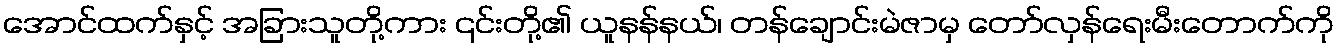
အောင်ထက်နှင့် အခြားသူတို့ကား ၎င်းတို့၏ ယူနန်နယ်၊ တန်ချောင်းမဲဇာမှ တော်လှန်ရေးမီးတောက်ကို